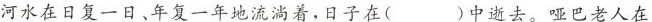
河水在日复一日、年复一年地流淌着，日子在 () 中逝去。哑巴老人在